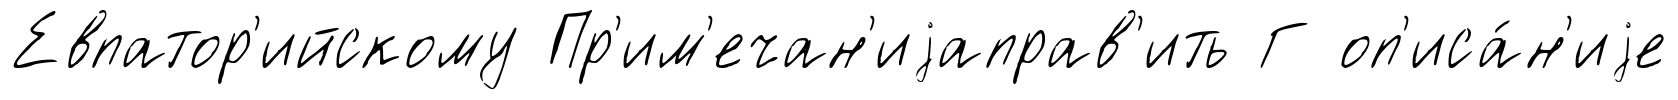
Евпатор'ийскому Пр'им'ечан'иjаправ'ить Г оп'иса́н'иjе